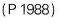
(P 1988)